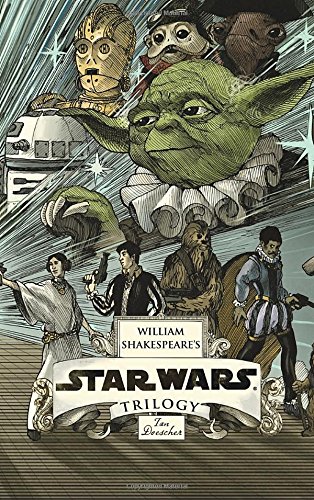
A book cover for William Shakespeare's Star Wars Trilogy: The Royal Imperial Boxed Set: Includes Verily, A New Hope; The Empire Striketh Back; The Jedi Doth Return; and an 8-by-34-inch full-color poster; Ian Doescher; Science Fiction & Fantasy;